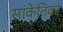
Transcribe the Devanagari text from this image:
सांकेतिका